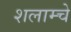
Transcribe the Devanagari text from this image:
शलाम्चे